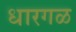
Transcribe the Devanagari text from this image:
धारगळ